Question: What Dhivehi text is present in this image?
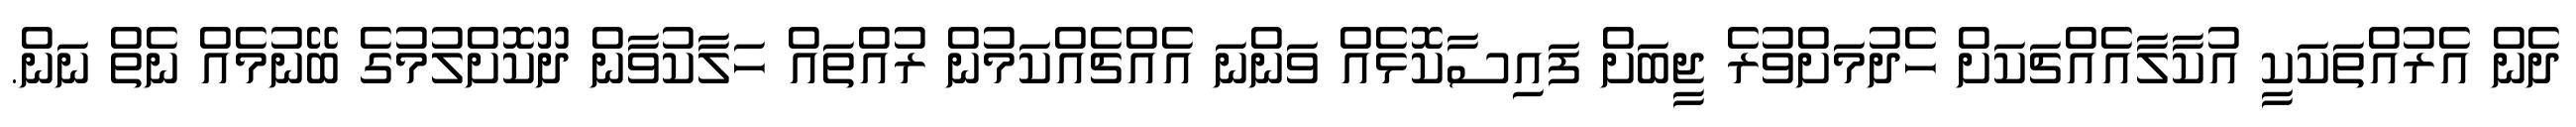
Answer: ދެން އެރުއްތަކަކީ އުކާލާއެއްޗަކަށް ހެދުމަށްވުރެ ޖީބަށް ފައިސާކޮޅެއް ވަންނަ އެއްޗެއްކަމުން ރުއްތައް ހަލާކުވާން ދޫކޮށްލުމުގެ ބޭނުމެއް ނެތް ނަން.